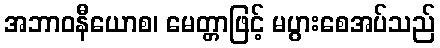
အဘာဝနီယောစ၊ မေတ္တာဖြင့် မပွားစေအပ်သည်